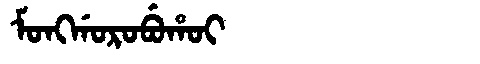
Manchu: ᠮᠣᠩᡤᠣᡵᠣᠪᡠᡥᠣᡳ
Romanization: MONGGOROBUHOI